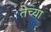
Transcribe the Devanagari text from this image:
तेच्या